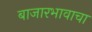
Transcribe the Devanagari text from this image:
बाजारभावाचा